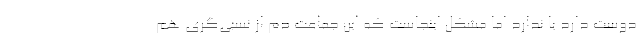
دوست دارد یا ندارد اما مشکل اینجاست که این جماعت دم از نسبی‌گری هم